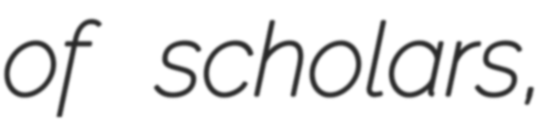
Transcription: of scholars,